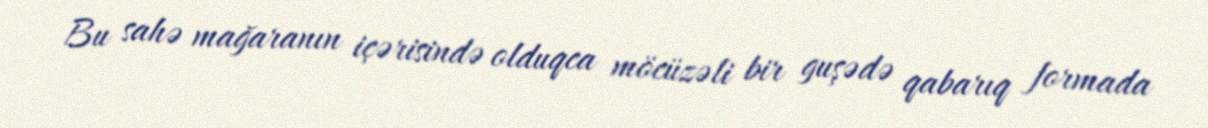
Bu sahə mağaranın içərisində olduqca möcüzəli bir guşədə qabarıq formada